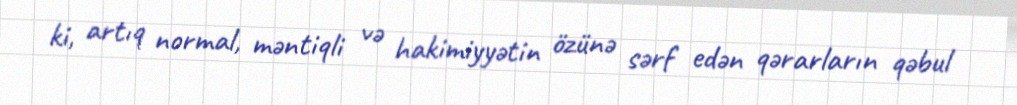
ki, artıq normal, məntiqli və hakimiyyətin özünə sərf edən qərarların qəbul